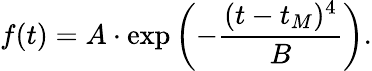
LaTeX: f(t)=A\cdot\exp{\left(-\frac{(t-t_{M})^{4}}{B}\right)}.